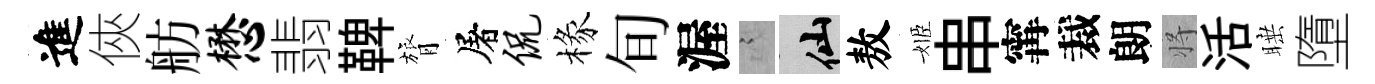
進俠舫懋翡鞞膂屠侃椽旬渥謭仙敖姬串𡩋裁朗将活睡墮